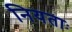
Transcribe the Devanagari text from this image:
नियताः